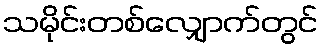
သမိုင်းတစ်လျှောက်တွင်